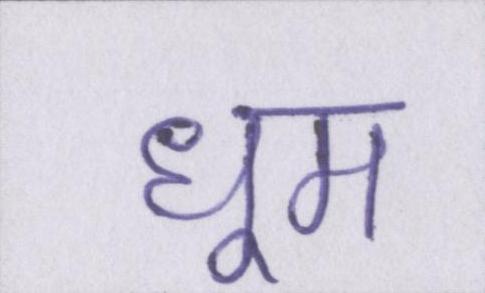
धूम